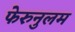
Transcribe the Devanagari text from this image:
फेरुनुलम